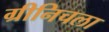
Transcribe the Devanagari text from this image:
ग्रीनिचला